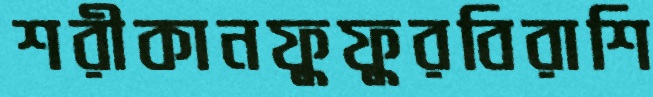
শরীকানফুফুরবিরাশি